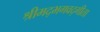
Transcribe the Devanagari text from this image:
श्रीमद्‍भगवद्‍गीता